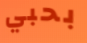
بحبي